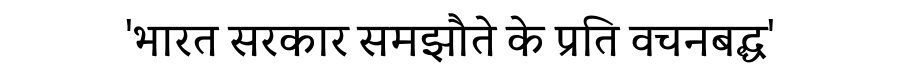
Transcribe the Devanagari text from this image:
'भारत सरकार समझौते के प्रति वचनबद्ध'